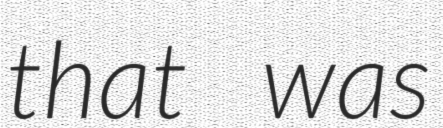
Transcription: that was